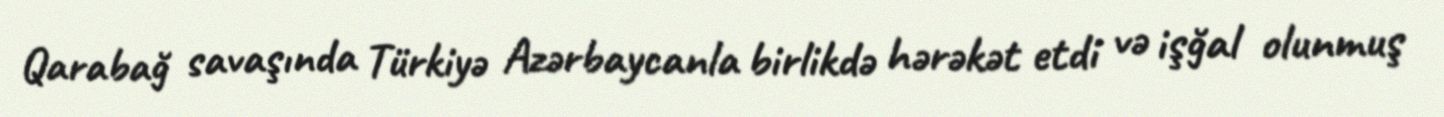
Qarabağ savaşında Türkiyə Azərbaycanla birlikdə hərəkət etdi və işğal olunmuş